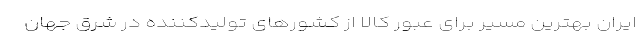
ایران بهترین مسیر برای عبور کالا از کشورهای تولیدکننده در شرق جهان